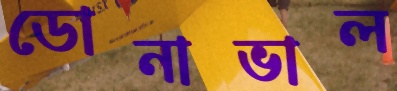
ডোনাভাল